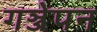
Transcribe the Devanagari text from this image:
गञ्जेपन